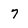
Character: 7